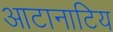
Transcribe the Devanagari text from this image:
आटानाटिय